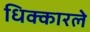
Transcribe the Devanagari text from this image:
धिक्कारले